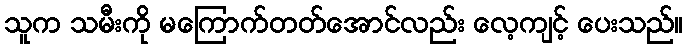
သူက သမီးကို မကြောက်တတ်အောင်လည်း လေ့ကျင့် ပေးသည်။